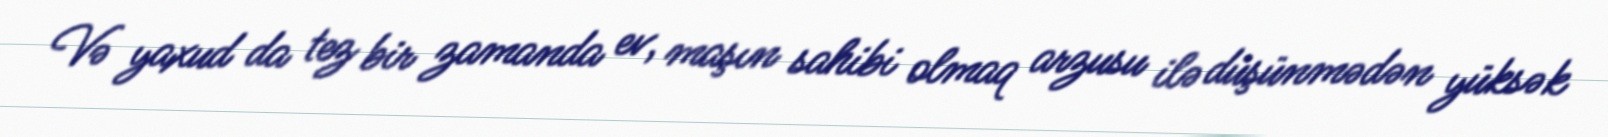
Və yaxud da tez bir zamanda ev, maşın sahibi olmaq arzusu ilə düşünmədən yüksək